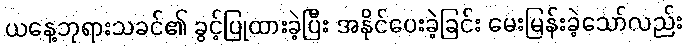
ယနေ့ဘုရားသခင်၏ ခွင့်ပြုထားခဲ့ပြီး အနိုင်ပေးခဲ့ခြင်း မေးမြန်းခဲ့သော်လည်း